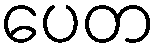
ပေတ